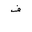
Letter: _fa